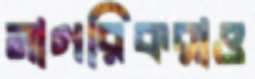
নাগরিকরাও